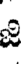
జి